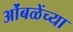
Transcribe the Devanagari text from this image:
ओंबळेंच्या